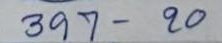
397 - 20